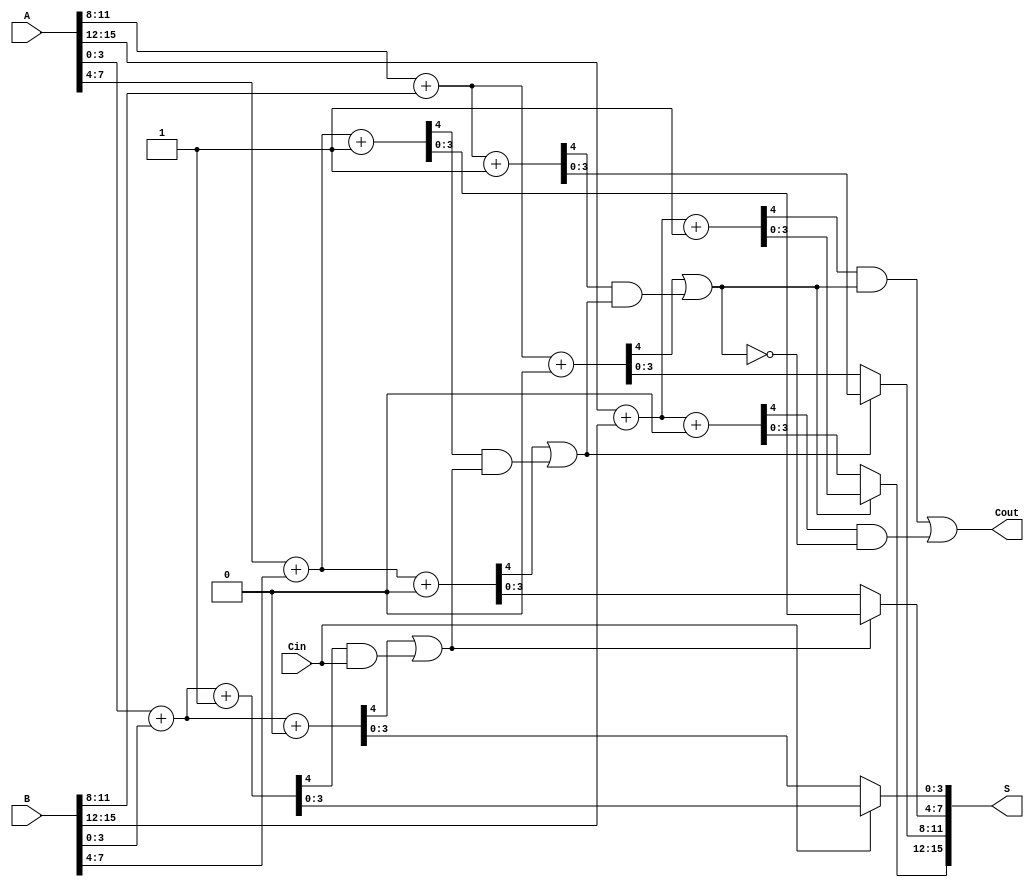
module MultiLevelCarrySelectAdder #(parameter N = 16, parameter SEGMENT_SIZE = 4) (
    input [N-1:0] A,
    input [N-1:0] B,
    input Cin,
    output [N-1:0] S,
    output Cout
);
    
    localparam NUM_SEGMENTS = N / SEGMENT_SIZE;

    wire [SEGMENT_SIZE-1:0] S0 [NUM_SEGMENTS-1:0];
    wire [SEGMENT_SIZE-1:0] S1 [NUM_SEGMENTS-1:0];
    wire C0 [NUM_SEGMENTS-1:0];
    wire C1 [NUM_SEGMENTS-1:0];
    wire final_carry[NUM_SEGMENTS-1:0];

    genvar i;

    // Generate Partial Sum and Carry for each segment assuming Cin = 0 and Cin = 1
    generate
        for (i = 0; i < NUM_SEGMENTS; i = i + 1) begin : adder_segments
            wire [SEGMENT_SIZE:0] temp_sum0, temp_sum1;
            wire temp_carry0, temp_carry1;

            // Ripple Carry Adder for Cin = 0
            assign {C0[i], S0[i]} = A[i*SEGMENT_SIZE +: SEGMENT_SIZE] + B[i*SEGMENT_SIZE +: SEGMENT_SIZE] + 1'b0;

            // Ripple Carry Adder for Cin = 1
            assign {C1[i], S1[i]} = A[i*SEGMENT_SIZE +: SEGMENT_SIZE] + B[i*SEGMENT_SIZE +: SEGMENT_SIZE] + 1'b1;
        end
    endgenerate

    // Carry Select Logic
    wire sel [NUM_SEGMENTS-1:0];
    assign sel[0] = Cin;

    // Mux for selecting sums based on Cin for each segment
    generate
        for (i = 0; i < NUM_SEGMENTS; i = i + 1) begin : mux_segments
            assign S[i*SEGMENT_SIZE +: SEGMENT_SIZE] = sel[i] ? S1[i] : S0[i];
        end
    endgenerate

    // Final Carry Calculation
    assign Cout = C1[NUM_SEGMENTS-1] & sel[NUM_SEGMENTS-1] | C0[NUM_SEGMENTS-1] & ~sel[NUM_SEGMENTS-1];

    // Select next carry based on previous segment carry
    generate
        for (i = 1; i < NUM_SEGMENTS; i = i + 1) begin : carry_select
            assign sel[i] = C0[i - 1] | (C1[i - 1] & sel[i - 1]);
        end
    endgenerate

endmodule